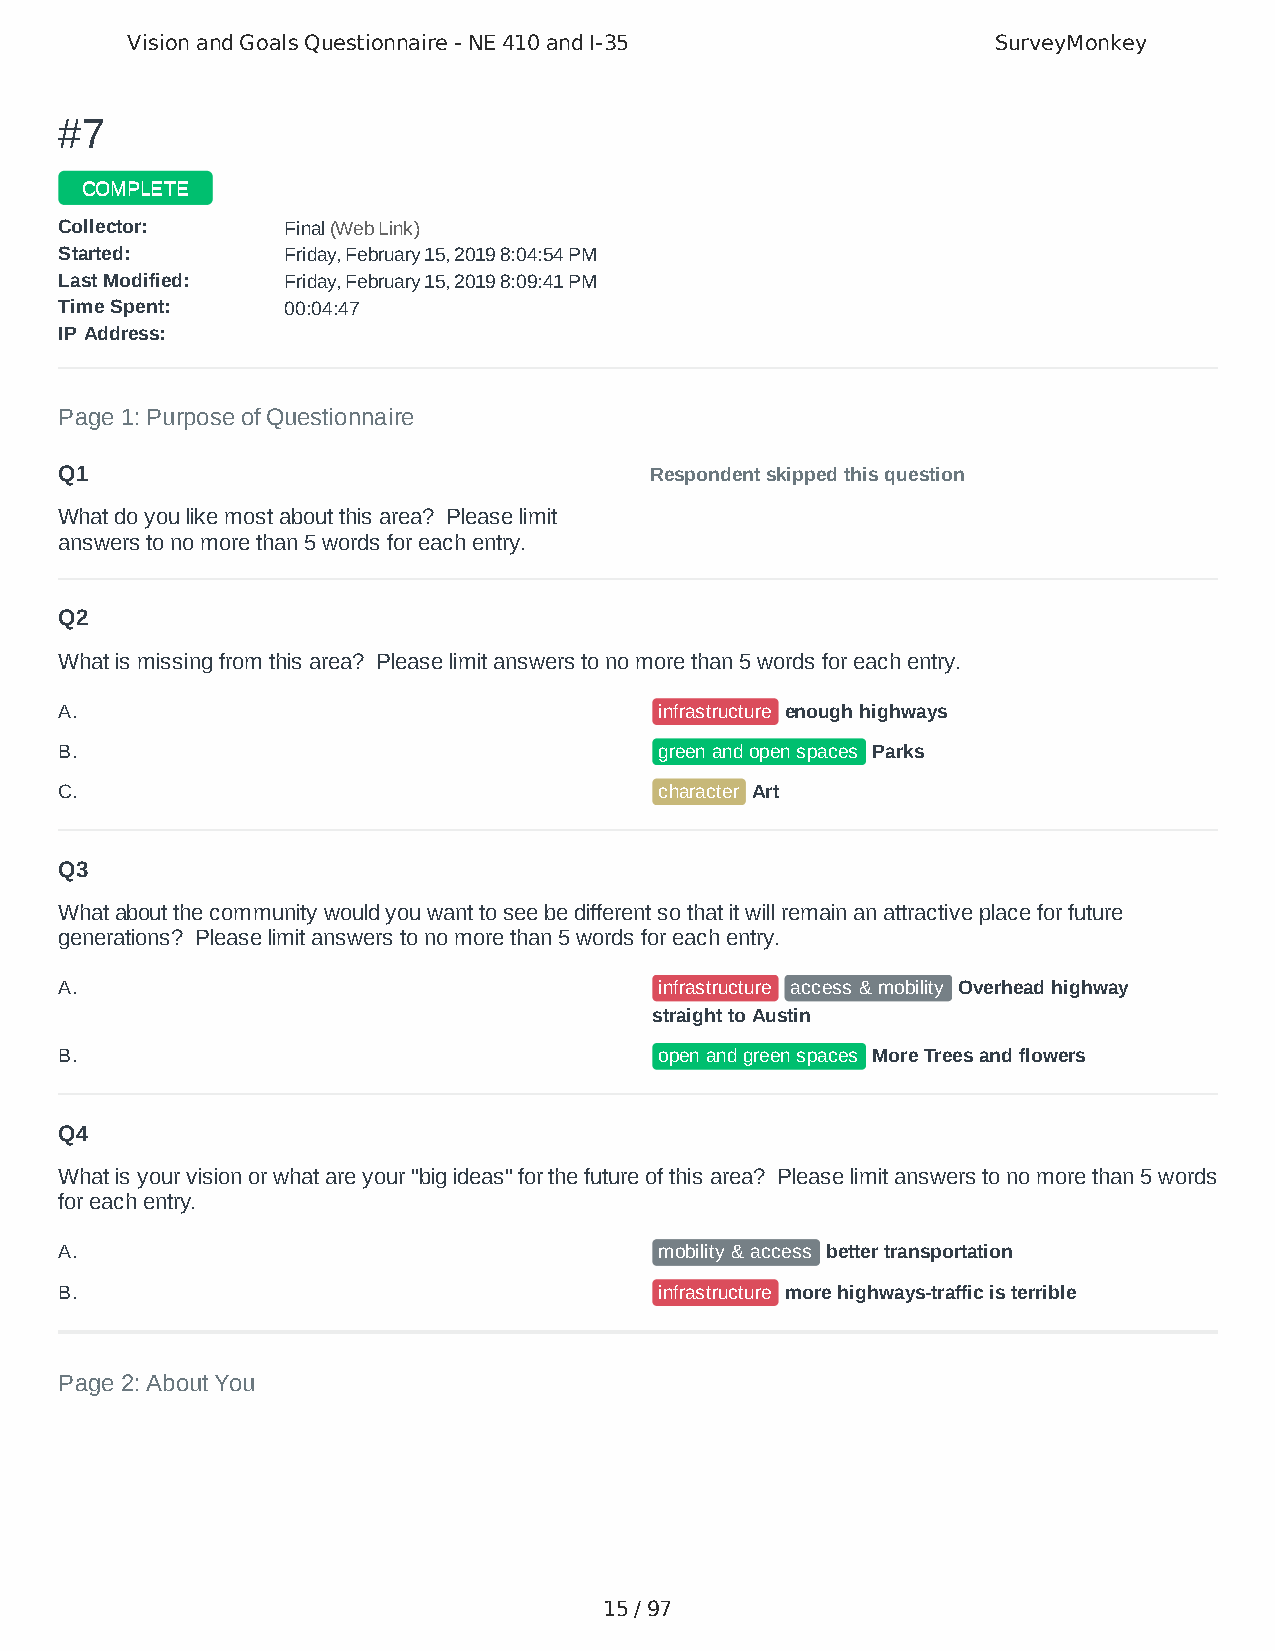
Vision and Goals Questionnaire - NE 410 and I-35          SurveyMonkey
 ##77
 CCOOMMPPLLEETTEE
 CCoolllleeccttoorr:: FFiinnaall ((WWeebb LLiinnkk))
 SSttaarrtteedd:: FFrriiddaayy,, FFeebbrruuaarryy 1155,, 22001199 88::0044::5544 PPMM
 LLaasstt MMooddiiffiieedd:: FFrriiddaayy,, FFeebbrruuaarryy 1155,, 22001199 88::0099::4411 PPMM
 TTiimmee SSppeenntt:: 0000::0044::4477
 IIPP AAddddrreessss::
 Page 1: Purpose of Questionnaire
 Q1                                     Respondent skipped this question
 What do you like most about this area? Please limit
 answers to no more than 5 words for each entry.
 Q2
 What is missing from this area? Please limit answers to no more than 5 words for each entry.
 A.                                      infrastructure enough highways
 B.                                      green and open spaces Parks
 C.                                      character Art
 Q3
 What about the community would you want to see be different so that it will remain an attractive place for future
 generations? Please limit answers to no more than 5 words for each entry.
 A.                                      infrastructure access & mobility Overhead highway
 straight to Austin
 B.                                      open and green spaces More Trees and flowers
 Q4
 What is your vision or what are your "big ideas" for the future of this area? Please limit answers to no more than 5 words
 for each entry.
 A.                                      mobility & access better transportation
 B.                                      infrastructure more highways-traffic is terrible
 Page 2: About You
 15 / 97